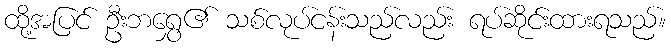
ထို့အပြင် ဦးဘရွှေ၏ သစ်လုပ်ငန်းသည်လည်း ရပ်ဆိုင်းထားရသည်။